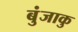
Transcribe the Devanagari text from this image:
बुंजाकु